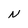
Character: N